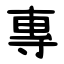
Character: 專